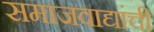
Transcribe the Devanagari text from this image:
समाजवाद्यांची